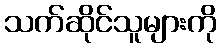
သက်ဆိုင်သူများကို